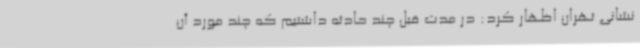
نشانی تهران اظهار کرد: در مدت قبل چند حادثه داشتیم که چند مورد آن